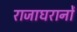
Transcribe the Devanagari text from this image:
राजाघरानों